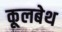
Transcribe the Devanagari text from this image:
कूलबेथ